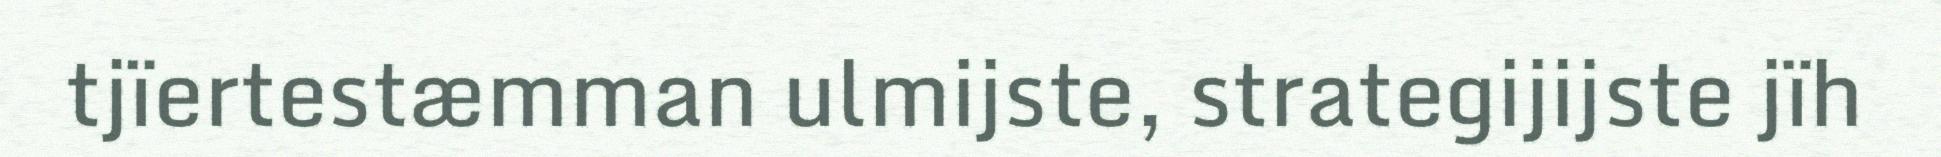
tjïertestæmman ulmijste, strategijijste jïh